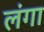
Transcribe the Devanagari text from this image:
लंगा